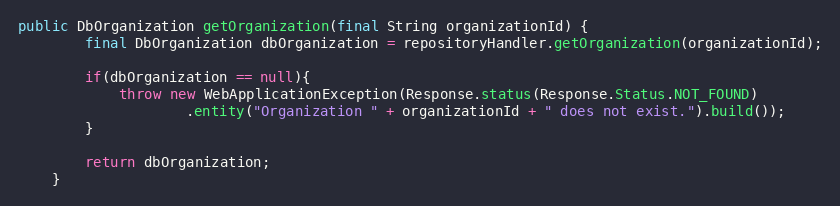
Language: Java
public DbOrganization getOrganization(final String organizationId) {
        final DbOrganization dbOrganization = repositoryHandler.getOrganization(organizationId);

        if(dbOrganization == null){
            throw new WebApplicationException(Response.status(Response.Status.NOT_FOUND)
                    .entity("Organization " + organizationId + " does not exist.").build());
        }

        return dbOrganization;
    }